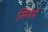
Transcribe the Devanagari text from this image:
सिसमें